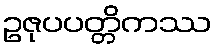
ဥဇုပပတ္တိကဿ